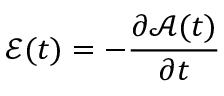
\mathcal { E } ( t ) = - \frac { \partial \mathcal { A } ( t ) } { \partial t }